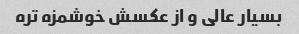
بسیار عالی و از عکسش خوشمزه تره